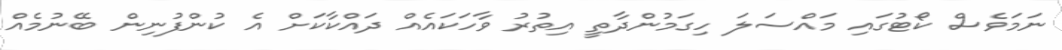
ނަމަވެސް ކޯޓުގައި މައްސަލަ ހިގަމުންދާތީ އިތުރު ވާހަކައެއް ދައްކާކަށް އެ ކުންފުނިން ބޭނުމެއް